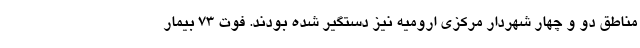
مناطق دو و چهار شهردار مرکزی ارومیه نیز دستگیر شده بودند. فوت ۷۳ بیمار